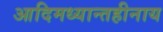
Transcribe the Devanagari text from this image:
आदिमध्यान्तहीनाय